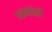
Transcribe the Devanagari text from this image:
पत्रकांशी